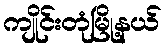
ကျိုင်းတုံမြို့နယ်